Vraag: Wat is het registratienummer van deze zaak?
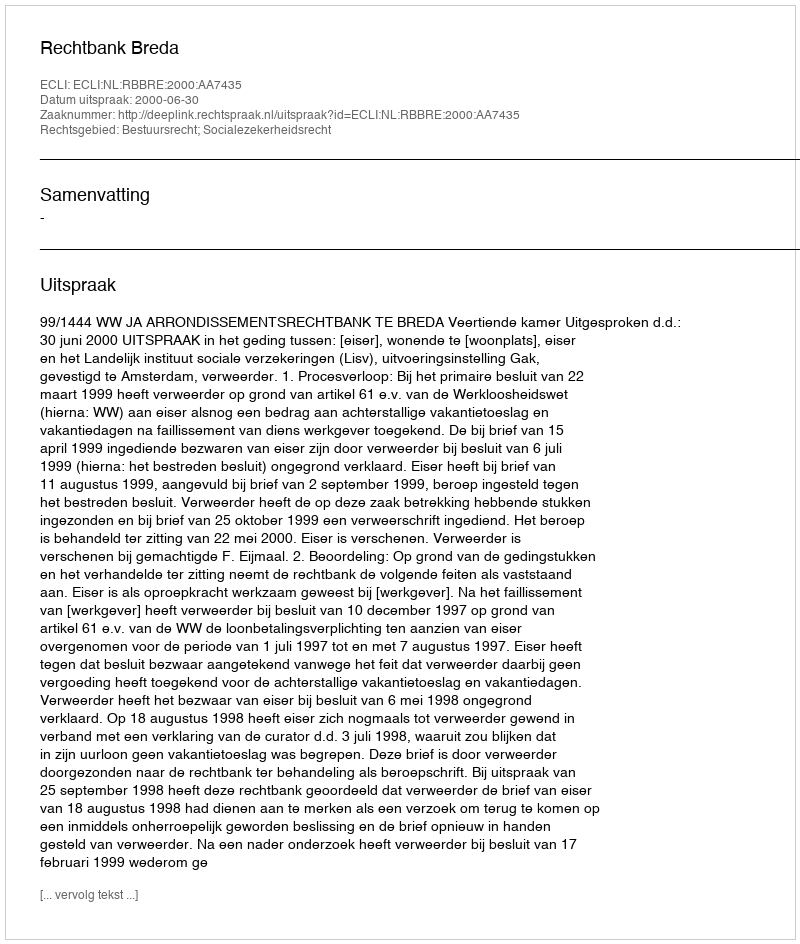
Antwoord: http://deeplink.rechtspraak.nl/uitspraak?id=ECLI:NL:RBBRE:2000:AA7435